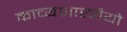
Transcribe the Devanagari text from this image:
काव्यशास्त्रीयो